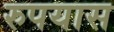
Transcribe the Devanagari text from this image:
रुपयास